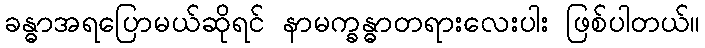
ခန္ဓာအရပြောမယ်ဆိုရင် နာမက္ခန္ဓာတရားလေးပါး ဖြစ်ပါတယ်။